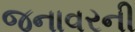
જનાવરની